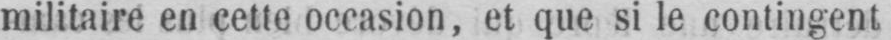
militaire en cette occasion, et que si le contingent